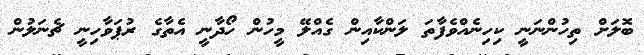
ބޮލަށް ތިހުންނަނީ ކިހިނެއްވެފާތަ ލަންކާއިން ގެއްލޭ މީހުން ހޯދާނީ އެތާގެ ރުޕަވާހިނީ ޗެނަލުން